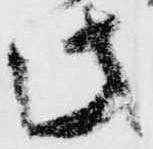
此